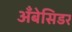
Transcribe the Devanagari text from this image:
अँबेसिडर